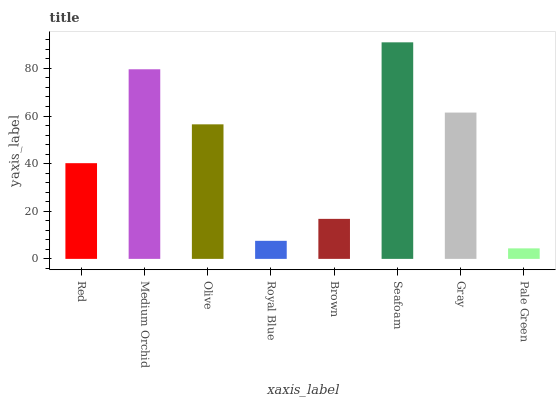
| xaxis_label | bars |
 | --- | --- |
 | Red | 40.2 |
 | Medium Orchid | 79.6 |
 | Olive | 56.5 |
 | Royal Blue | 7.58 |
 | Brown | 16.8 |
 | Seafoam | 90.9 |
 | Gray | 61.4 |
 | Pale Green | 4.41 |